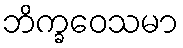
ဘိက္ခဝေသမာ